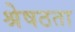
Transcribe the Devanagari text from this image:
श्रेषठता